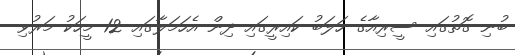
ބުނި ގޮތުގައި ސީރިއާގެ ހަަލަބު ކައިރީގައި ދިިން އެހަމަލާގައި 12 މީހަކު މަރުވި